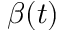
\beta ( t )